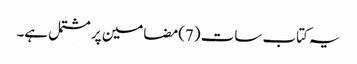
یہ کتاب سات (7)مضامین پر مشتمل ہے۔